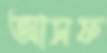
আসফ